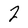
Character: 2